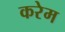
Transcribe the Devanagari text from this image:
करेम